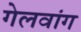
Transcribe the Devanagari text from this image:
गेलवांग